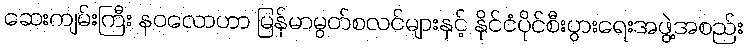
ဆေးကျမ်းကြီး နဝလောဟာ မြန်မာမွတ်စလင်များနှင့် နိုင်ငံပိုင်စီးပွားရေးအဖွဲ့အစည်း